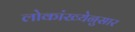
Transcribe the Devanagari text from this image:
लोकांख्येनुसार